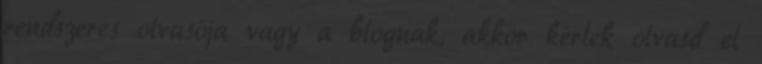
rendszeres olvasója vagy a blognak, akkor kérlek olvasd el